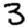
Digit: 3